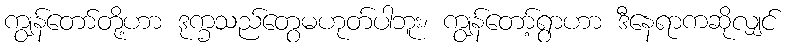
ကျွန်တော်တို့ဟာ ဒုက္ခသည်တွေမဟုတ်ပါဘူး၊ ကျွန်တော့်ရွာဟာ ဒီနေရာကဆိုလျှင်